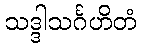
သဒ္ဒါသင်္ဂဟိတံ